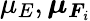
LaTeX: \mu_{E},\boldsymbol{\mu}_{\boldsymbol{F}_{\mathit{i}}}